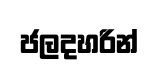
ජලදහරින්